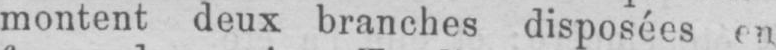
montent deux branches disposées en